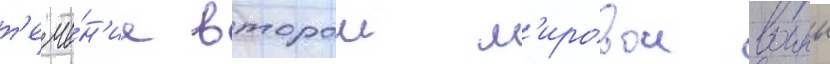
т'ече́н'ие второи м'ировои воины